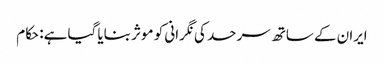
ایران کے ساتھ سرحد کی نگرانی کو موثر بنایا گیا ہے: حکام